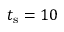
t _ { \mathrm { s } } = 1 0